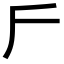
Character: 𠂋